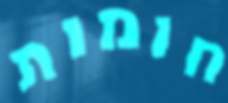
חומות